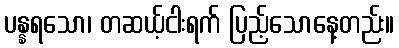
ပန္နရသော၊ တဆယ့်ငါးရက် ပြည့်သောနေ့တည်း။